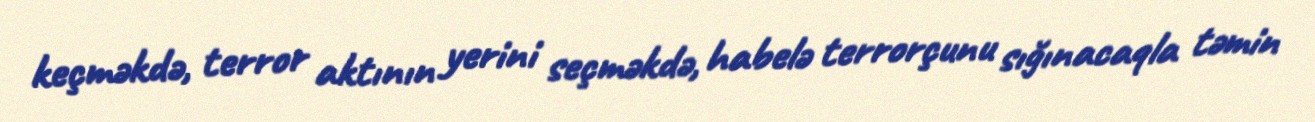
keçməkdə, terror aktının yerini seçməkdə, habelə terrorçunu sığınacaqla təmin